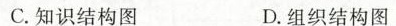
C.知识结构图 D.组织结构图